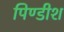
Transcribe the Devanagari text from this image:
पिण्डीश